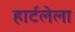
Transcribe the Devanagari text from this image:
हार्टलेला